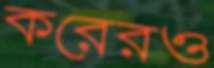
করেরও